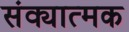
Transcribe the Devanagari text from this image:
संक्यात्मक